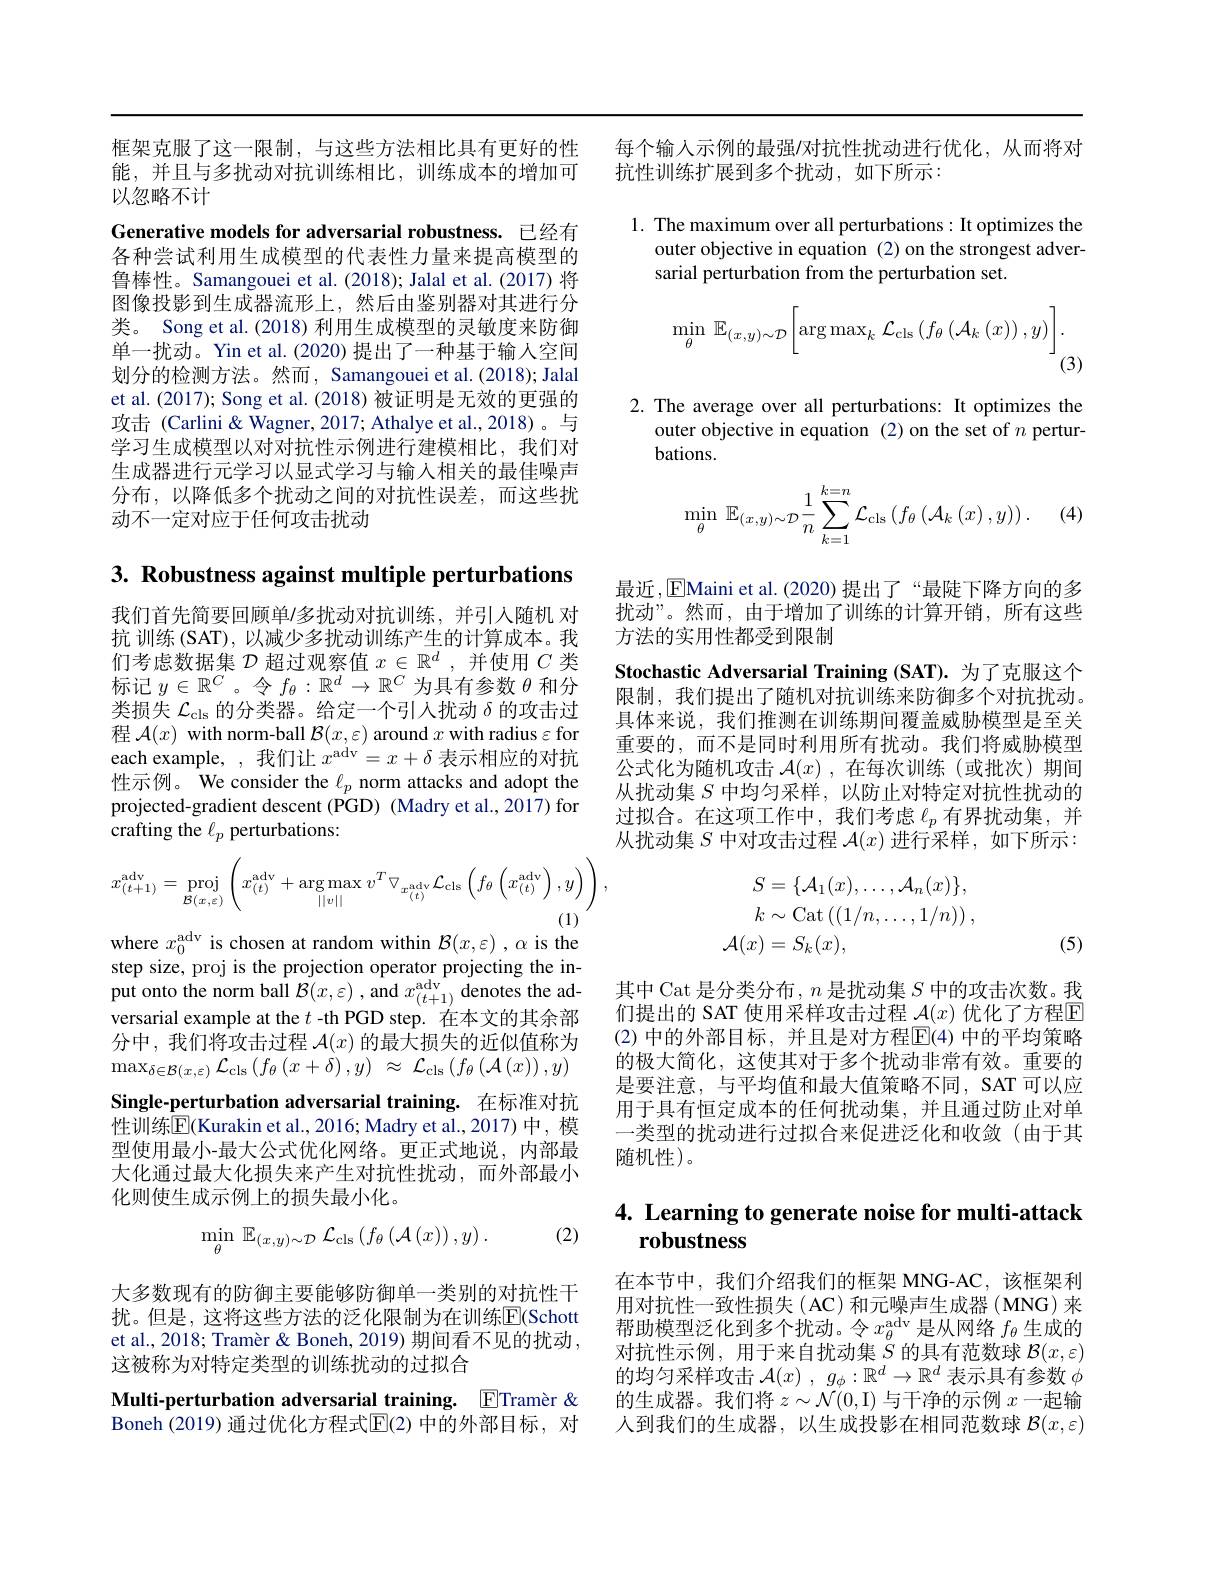
框架克服了这一限制，与这些方法相比具有更好的性能，并且与多扰动对抗训练相比，训练成本的增加可以忽略不计

Generative models for adversarial robustness.已经有各种尝试利用生成模型的代表性力量来提高模型的鲁棒性。Samangouei et al.(2018); Jalal et al.(2017) 将图像投影到生成器流形上，然后由鉴别器对其进行分类。Song et al. (2018) 利用生成模型的灵敏度来防御单一扰动。Yin et al. (2020) 提出了一种基于输人空间划分的检测方法。然而，Samangouei et al. (2018); Jalal et al. (2017); Song et al. (2018) 被证明是无效的更强的攻击 (Carlini & Wagner, 2017; Athalye et al., 2018)。与学习生成模型以对对抗性示例进行建模相比，我们对生成器进行元学习以显式学习与输入相关的最佳噪声分布，以降低多个扰动之间的对抗性误差，而这些扰动不一定对应于任何攻击扰动

3. Robustness against multiple perturbations

我们首先简要回顾单/多扰动对抗训练，并引入随机 对抗训练 (SAT), 以减少多扰动训练产生的计算成本。我们考虑数据集$\mathcal{D}$超过观察值$x\in\mathbb{R}^d$,并使用$C$类标记$y\in\mathbb{R}^C$。令$f_\theta:\mathbb{R}^d\to\mathbb{R}^C$为具有参数$\theta$和分类损失$\mathcal{L}_\mathrm{cls}$的分类器。给定一个引入扰动$\delta$的攻击过程$\mathcal{A}(x)$ with norm-ball $\mathcal{B}(x,\varepsilon)$ around $x$ with radius $\varepsilon$ for each example, ,我们让$x^\mathrm{adv}=x+\delta$表示相应的对抗性示例。We consider the $\ell_p$ norm attacks and adopt the projected-gradient descent (PGD) (Madry et al., 2017) for crafting the $\ell_p$ perturbations:
$$x_{(t+1)}^{\mathrm{adv}}=\underset{\mathcal{B}(x,\varepsilon)}{\operatorname*{proj}}\left(x_{(t)}^{\mathrm{adv}}+\underset{||v||}{\operatorname*{arg\max}}v^{T}\triangledown_{x_{(t)}^{\mathrm{adv}}}\mathcal{L}_{\mathrm{cls}}\left(f_{\theta}\left(x_{(t)}^{\mathrm{adv}}\right),y\right)\right),$$
where $x_0^\mathrm{adv}$ is chosen at random within $\mathcal{B}(x,\varepsilon)$ ,$\alpha$ is the step size, proj is the projection operator projecting the input onto the norm ball $\mathcal{B}(x,\varepsilon)$ , and $x_(t+1)^\mathrm{adv}$ denotes the adversarial example at the $t$ -th PGD step. 在本文的其余部分中，我们将攻击过程$\mathcal{A}(x)$的最大损失的近似值称为$\max_{\delta\in\mathcal{B}(x,\varepsilon)}\mathcal{L}_{\mathrm{cls}}\left(f_{\theta}\left(x+\delta\right),y\right)\approx\mathcal{L}_{\mathrm{cls}}\left(f_{\theta}\left(\mathcal{A}\left(x\right)\right),y\right)$ Single-perturbation adversarial training. 在标准对抗性训练$\dot{\mathbb{E}}$(Kurakin et al.,2016; Madry et al.,2017)中，模型使用最小-最大公式优化网络。更正式地说，内部最大化通过最大化损失来产生对抗性扰动，而外部最小化则使生成示例上的损失最小化。
$$\min_{\theta}\:\mathbb{E}_{(x,y)\sim\mathcal{D}}\:\mathcal{L}_{\mathrm{cls}}\left(f_{\theta}\left(\mathcal{A}\left(x\right)\right),y\right).$$
(2)

大多数现有的防御主要能够防御单一类别的对抗性干扰。但是，这将这些方法的泛化限制为在训练$\overline{\mathrm{E}}$(Schott et al., 2018; Tramèr & Boneh, 2019) 期间看不见的扰动， 这被称为对特定类型的训练扰动的过拟合

Multi-perturbation adversarial training. ETramèr &

Boneh (2019) 通过优化方程式$\mathbb{E}$(2) 中的外部目标，对

每个输入示例的最强/对抗性扰动进行优化，从而将对
抗性训练扩展到多个扰动，如下所示：

1. The maximum over all perturbations: It optimizes the
outer objective in equation (2) on the strongest adver-
sarial perturbation from the perturbation set.
$$\min_{\theta}\:\mathbb{E}_{(x,y)\sim\mathcal{D}}\bigg[\arg\max_{k}\:\mathcal{L}_{\mathrm{cls}}\left(f_{\theta}\left(\mathcal{A}_{k}\left(x\right)\right),y\right)\bigg].$$
(3)

2. The average over all perturbations: It optimizes the
outer objective in equation (2) on the set of $n$ pertur-
bations.
$$\min\limits_{\theta}\:\mathbb{E}_{(x,y)\sim\mathcal{D}}\frac{1}{n}\sum\limits_{k=1}^{k=n}\mathcal{L}_{\mathrm{cls}}\left(f_{\theta}\left(\mathcal{A}_{k}\left(x\right),y\right)\right).$$
(4)

最近，EMaini et al.(2020) 提出了“最陡下降方向的多扰动”。然而，由于增加了训练的计算开销，所有这些方法的实用性都受到限制
Stochastic Adversarial Training (SAT).为了克服这个限制，我们提出了随机对抗训练来防御多个对抗扰动。具体来说，我们推测在训练期间覆盖威胁模型是至关重要的，而不是同时利用所有扰动。我们将威胁模型公式化为随机攻击$\mathcal{A}(x)$,在每次训练(或批次)期间从扰动集$S$中均匀采样，以防止对特定对抗性扰动的过拟合。在这项工作中，我们考虑$\ell_p$有界扰动集，并从扰动集$S$中对攻击过程$\mathcal{A}(x)$进行采样，如下所示：
$$\begin{aligned}S&=\{\mathcal{A}_1(x),\dots,\mathcal{A}_n(x)\},\\k&\sim\mathrm{Cat}\left((1/n,\dots,1/n)\right),\\\mathcal{A}(x)&=S_k(x),\end{aligned}$$
(5)

其中 Cat 是分类分布$,n$是扰动集$S$中的攻击次数。我们提出的 SAT 使用采样攻击过程 $\mathcal{A}(x)$ 优化了方程$\overline{\mathbb{E}}$ (2) 中的外部目标，并且是对方程$\mathbb{E}(4)$ 中的平均策略的极大简化，这使其对于多个扰动非常有效。重要的是要注意，与平均值和最大值策略不同，SAT 可以应用于具有恒定成本的任何扰动集，并且通过防止对单一类型的扰动进行过拟合来促进泛化和收敛(由于其随机性)。

# 4. Learning to generate noise for multi-attack robustness

在本节中，我们介绍我们的框架 MNG-AC,该框架利用对抗性一致性损失(AC)和元噪声生成器(MNG)来帮助模型泛化到多个扰动。令$x_\theta^\mathrm{adv}$是从网络 $f_\theta$ 生成的对抗性示例，用于来自扰动集$\dot{S}$的具有范数球 $\mathcal{B}(x,\varepsilon)$ 的均匀采样攻击$\mathcal{A} ( x)$ , $g_\phi : \mathbb{R} ^d\to \mathbb{R} ^d$表示具有参数$\phi$ 的生成器。我们将$z\sim\mathcal{N}(0$,I) 与干净的示例$x$一起输人到我们的生成器，以生成投影在相同范数球$\mathcal{B}(x,\varepsilon)$